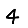
Digit: 4